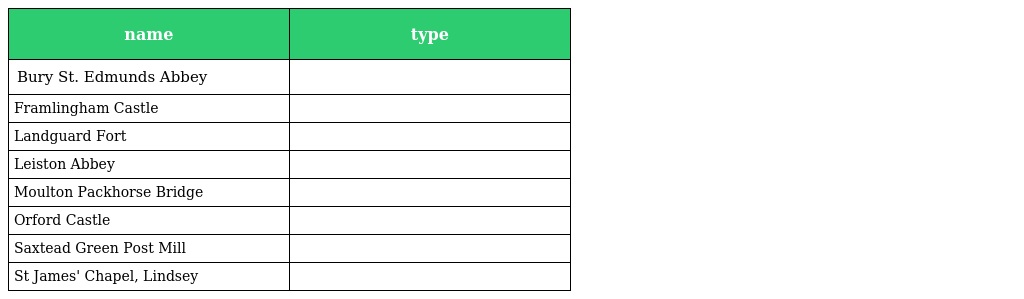
| name | type |
 | --- | --- |
 | Bury St. Edmunds Abbey |  |
 | Framlingham Castle |  |
 | Landguard Fort |  |
 | Leiston Abbey |  |
 | Moulton Packhorse Bridge |  |
 | Orford Castle |  |
 | Saxtead Green Post Mill |  |
 | St James' Chapel, Lindsey |  |